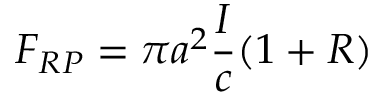
F _ { R P } = \pi a ^ { 2 } \frac { I } { c } ( 1 + R )